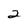
Character: 2